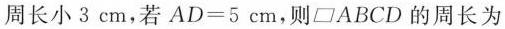
周长小3cm，若$$AD=5cm$$，则\parallelogram ABCD的周长为